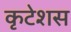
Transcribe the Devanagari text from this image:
कृटेशस